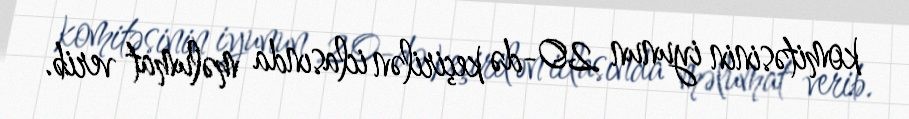
komitəsinin iyunun 20-də keçirilən iclasında məlumat verib.